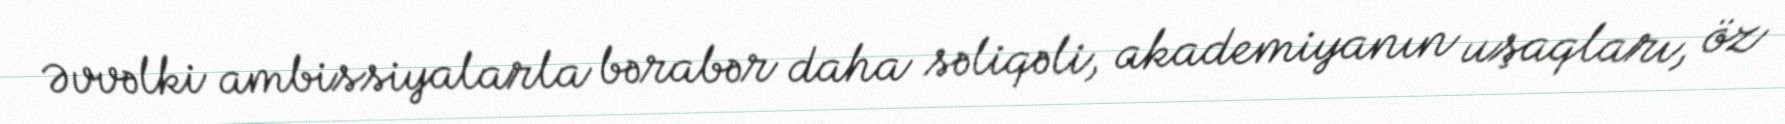
Əvvəlki ambissiyalarla bərabər daha səliqəli, akademiyanın uşaqları, öz